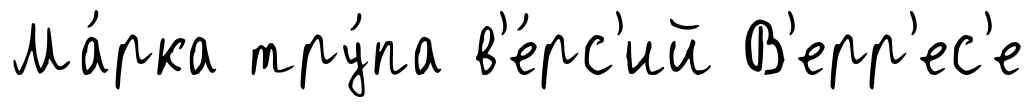
Ма́рка тру́па в'е́рс'ий В'ерр'ес'е